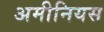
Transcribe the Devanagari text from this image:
अमीनियस